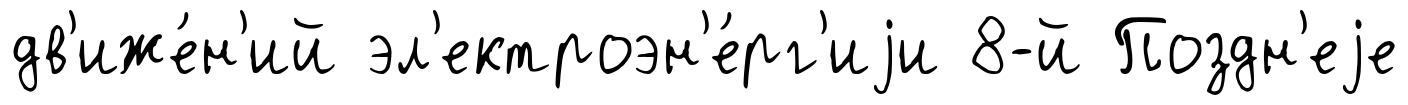
дв'иже́н'ий эл'ектроэн'е́рг'иjи 8-й Поздн'еjе